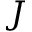
J